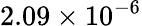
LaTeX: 2.09\times 10^{-6}